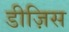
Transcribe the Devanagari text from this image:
डीज़िस